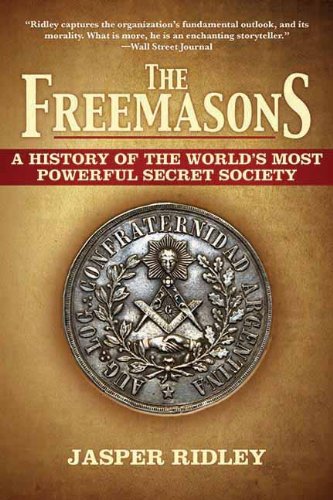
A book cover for The Freemasons: A History of the World's Most Powerful Secret Society; Jasper Ridley; Religion & Spirituality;